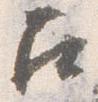
召